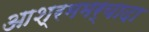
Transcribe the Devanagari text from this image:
आश्रममर्यादा